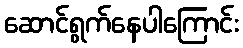
ဆောင်ရွက်နေပါကြောင်း